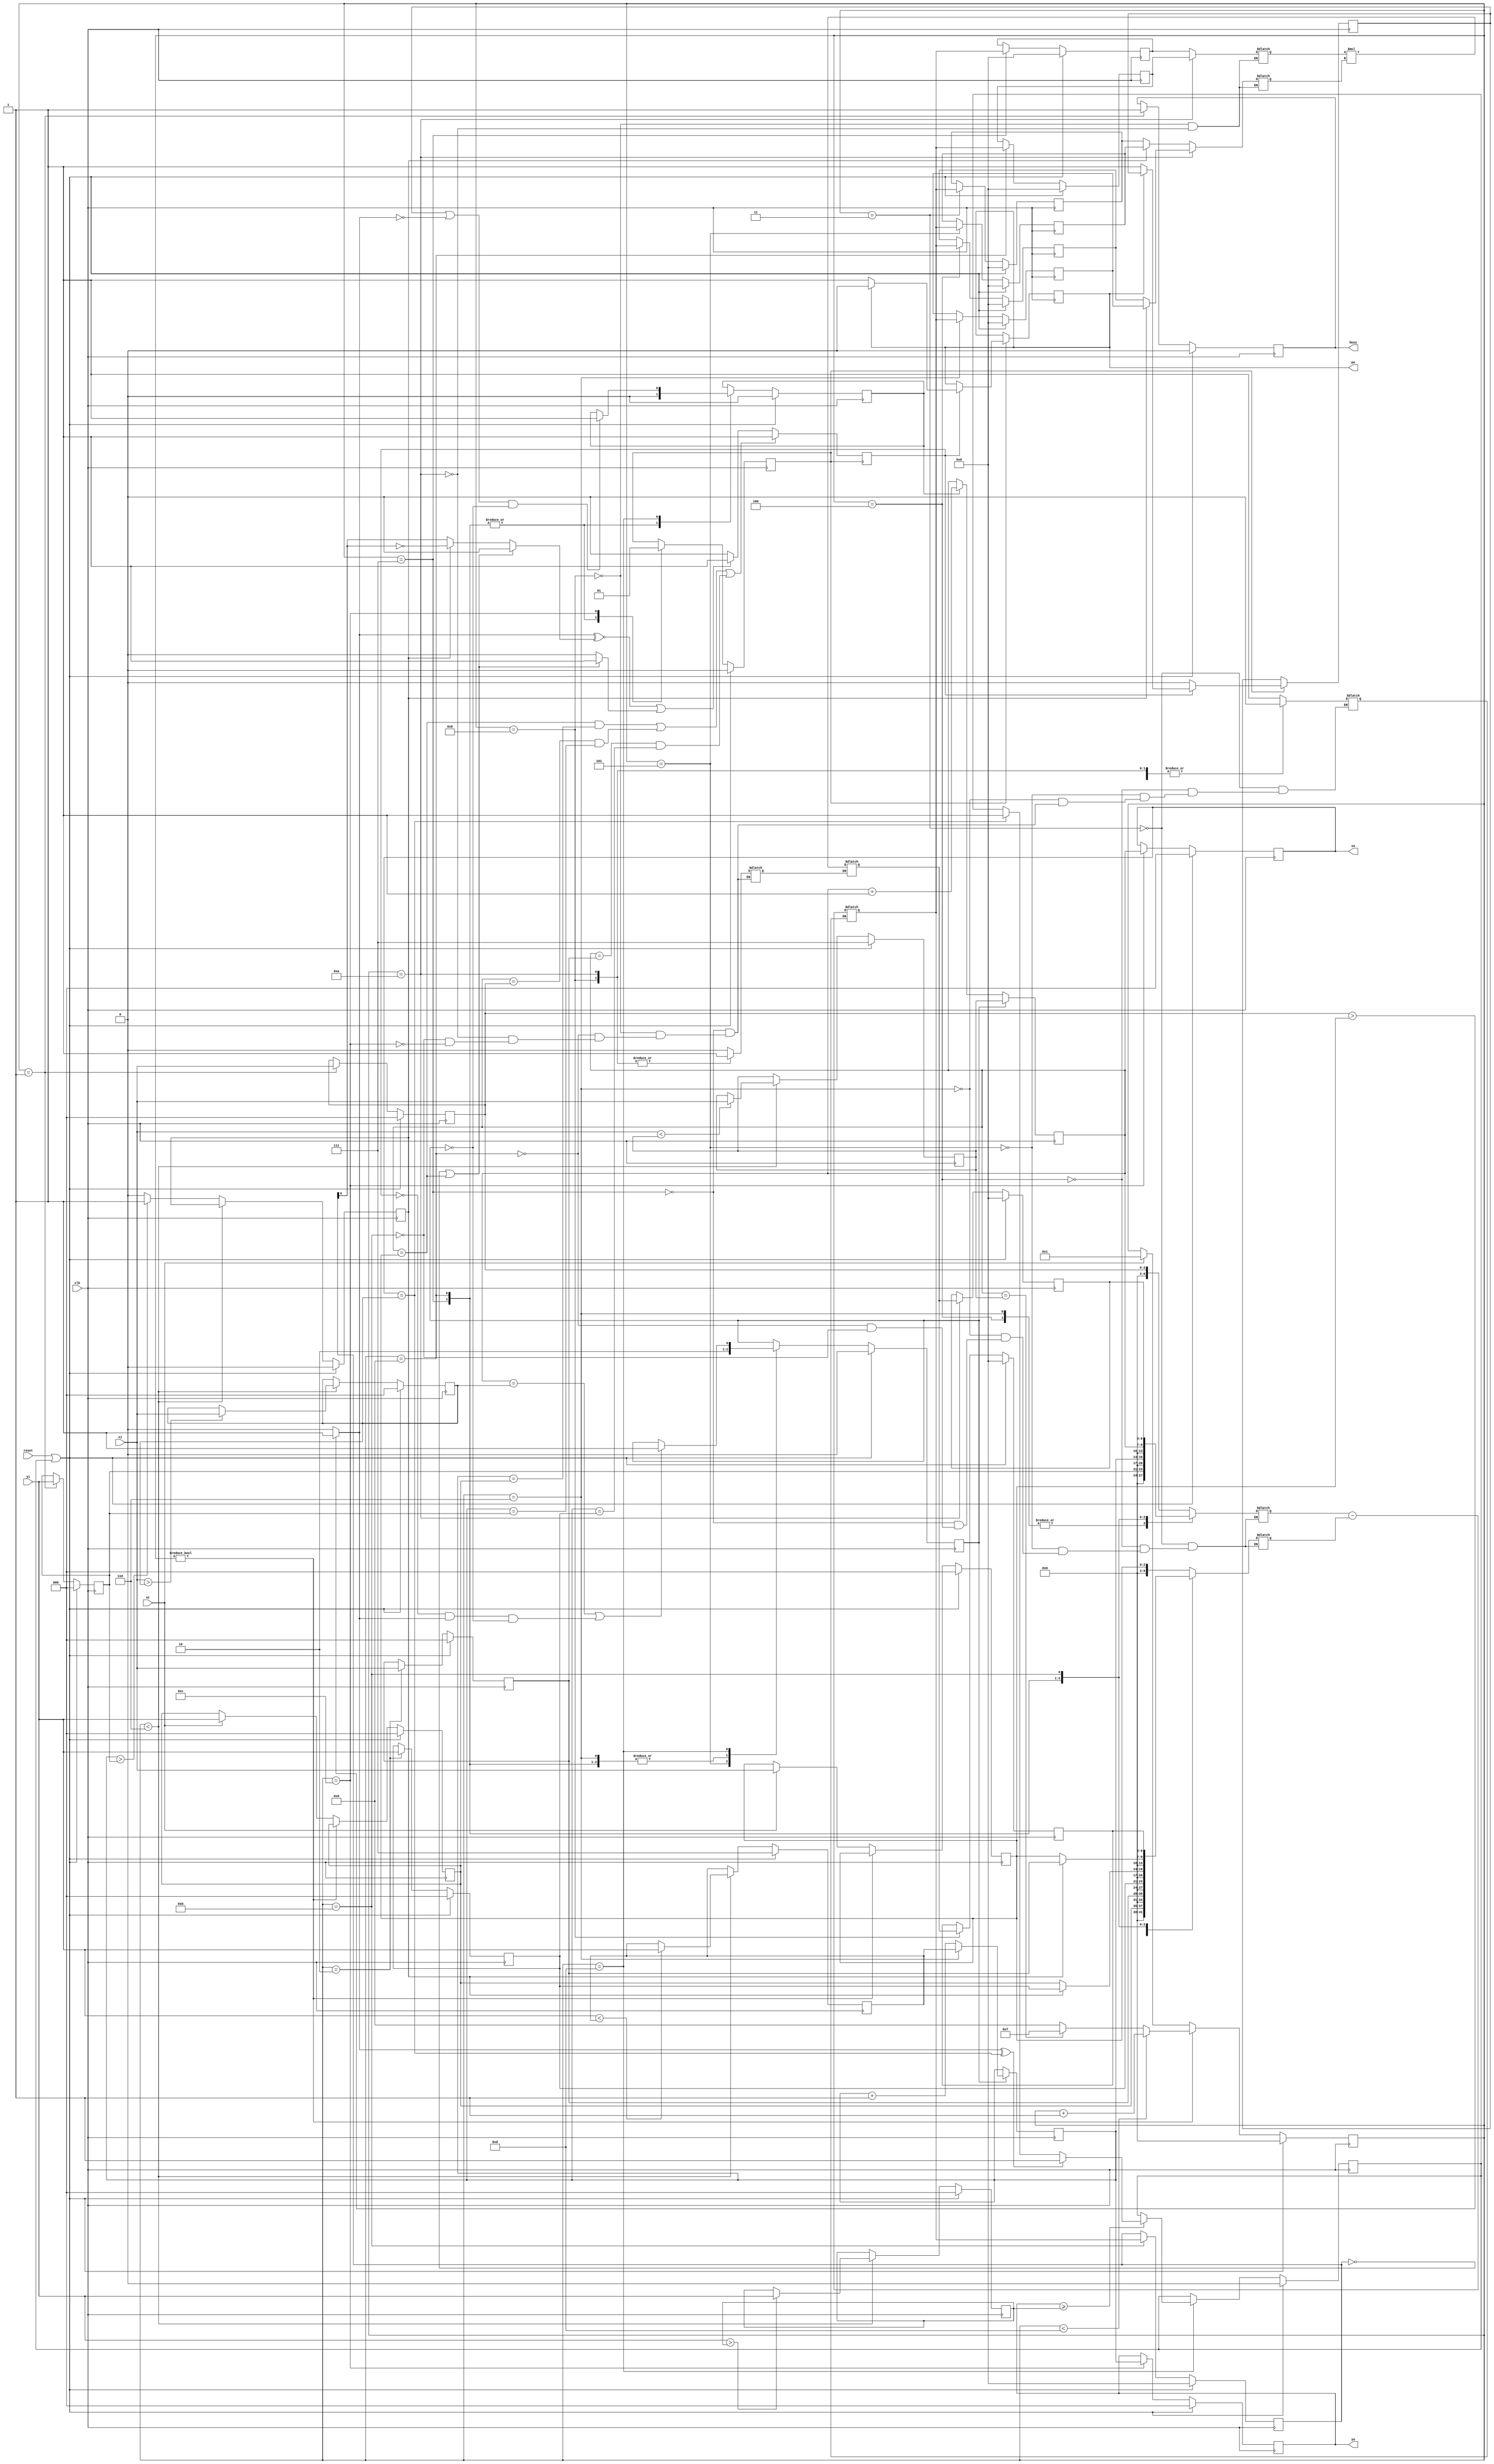
`timescale 100ps/10ps
module triangle(clk, reset, nt, xi, yi, busy, po, xo, yo);
input clk, reset, nt;
input [2:0] xi, yi;
output busy, po;
output [2:0] xo, yo;

wire clk, reset, nt;
wire [2:0] xi, yi;
reg  [2:0] xo, yo, x_min, x_max, y_min, y_max, x, y;
reg  [2:0] xi_ff[2:0], yi_ff[2:0];
reg busy, good, mul_en, sub_en, check, rst_int, inc_y, inc_x; //internal reset
reg po, po_, on_line, right_line , right_triangle, top_line; //right_triangle = 1 means right, 0 means left
reg signed [6:0] sub_ans , sub_op0, sub_op1, mul_op0, mul_op1;
reg signed [6:0] mul_ans, A, B, C0, D0, C1, D1, AD, BC, RLO;
reg  [3:0] control, control_1;


always @ (posedge clk)begin
  
  if(reset || rst_int) begin
	xi_ff[0] <= 0;
	xi_ff[1] <= 0;
	xi_ff[2] <= 0;
		
	yi_ff[0] <= 0;
	yi_ff[1] <= 0;
	yi_ff[2] <= 0;
	
	x_min <= 7;
	x_max <= 0;
	y_min <= 7;
	y_max <= 0;
		
	//on_line <= 0;
	//right_line <= 0;
	top_line <= 0;
	
	//right_triangle <= 0;

	A <= 0;
	B <= 0;
	C0 <= 0;
	C1 <= 0;
	D0 <= 0;
	D1 <= 0;
	AD <= 0;
	BC <= 0;
	RLO <= 0;
	
	
	control <= 0;
	check <= 0;
	
	//x <= 0;
	//y <= 0;
		
	xo <= 0;
	yo <= 0;

	busy <= 0;
	//good <= 0;
	//po  <= 0;
	//po_ <= 0;
	rst_int <= 0;
	inc_y <= 0;
	inc_x <= 0;
	
  end
  
	else begin

		if(control)begin
			//control <= control_1;
			if(control < 13)control <= control + 1;
			else if(x == x_min) control <= 7;
			else control <= 9;
		end
		else if(nt)begin
			xi_ff[0] <= xi;
			yi_ff[0] <= yi;
			control <= 1;
		end

			 
		if(control < 6)begin
			if(xi > x_max) x_max <= xi;
			if(xi < x_min) x_min <= xi;
			if(yi > y_max) y_max <= yi;
			if(yi < y_min) y_min <= yi;
		end
		else begin
			if(y > yi_ff[1])top_line <= 1;
			else top_line <= 0;
		end
		
		case(control)
			
			1: begin		
				xi_ff[1] <= xi;
				yi_ff[1] <= yi;
				busy <= 1;
			end
		  
			2: begin 
				xi_ff[2] <= xi;
				yi_ff[2] <= yi;
			end
			3: begin 
				C0  <= sub_ans;
			end
		  
			4: begin		
				D0 <= sub_ans;
			end
			
			5: begin		
				C1 <= sub_ans;
				inc_y <= 1;
			end
			
			6: begin
				D1 <= sub_ans;
				inc_y <= 0;
			end
			
			7: begin	//B = Y-Y1   B should be calculated first because it remains the same for all values on this row
					//it will return here if there is a new row with a new y value
				if(check)check <= 0;
				B <=  sub_ans;
				if(inc_y)inc_y <= 0;	//resets inc_y back to zero to prevent extra incramenting
				if(inc_x)inc_x <= 0;	//resets inc_x back to zero to prevent extra incramenting
			end
		  
			8:begin		//BC = B*C   BC should be calculated first because it remains the same for all values on this row
				BC <= mul_ans;
			end
			
			9: begin	//A = X-X1   It will return here if it is just a new value of x
				if(check)check <= 0;	
				A <= sub_ans;
				if(inc_y)inc_y <= 0;	//resets inc_y back to zero to prevent extra incramenting
				if(inc_x)inc_x <= 0;	//resets inc_x back to zero to prevent extra incramenting
			end

			10: begin		
				AD <=  mul_ans;
			end
			  
			11: begin 	//B = ans
				RLO <= sub_ans;
			end
			  
			12: begin	
				check <= 1;	//check should be high for 2 clock cycles to pulse po and check for valid
				xo <= x;
				yo <= y;
			end
			  
			13: begin	
				if(yo >= y_max)begin
					if(right_triangle ^ (xo == x_max)) rst_int <= 1;
					else if(xo == x_max)	rst_int <= 1;
				end
				if((x == x_max) || ~good && right_triangle && ~inc_y) inc_y <= 1;
				if((po_ || ~right_triangle) && ~inc_y) inc_x <= 1;
			end
			
		endcase
			

	end//else begin


end//always @ (posedge clk)begin

always @(negedge clk) begin
	if(inc_y)begin
		if((control == 6)) y <= y_min;
		else y <= y + 1;
		x <= x_min;
	end
	else if(inc_x) x <= x + 1;

	if(check)begin

		if(good)begin
			if(po)po<=0;
			else begin 
				po <= 1;
				po_ <= 1; // on the positive edge of po, po_ is set to 1
			end
		end//if(good)begin
		else begin
			po_ <= 0; // on the negative edge of po, po_ should be set to 0
		end//else(~good)
	end //if(check)begin
	
end //always @(negedge clk) begin


always@(posedge check)begin
	if(((x == xi_ff[0]) && (y==yi_ff[0]))  ||  ((x == xi_ff[1]) && (y == yi_ff[1]))  ||  ((x == xi_ff[2]) && (y == yi_ff[2]))) good <= 1;
	else if((right_triangle ~^ right_line) || on_line) good <= 1;
	else good <= 0;
end


always @(*) begin //multiplier and adder modules
	if(sub_en) sub_ans = sub_op0 - sub_op1;//multiplier block
	if(mul_en) mul_ans = mul_op0 * mul_op1;//adder block
end

always @(*) begin
	if(xi_ff[1]>xi_ff[0]) right_triangle = 1;
	else right_triangle = 0;
end

always @(*) begin
	if((RLO == 0) || (x == xi_ff[0]))begin
		on_line = 1;
		right_line = 0;
	end 
	else begin
		on_line = 0;
		if(~top_line)right_line = RLO[6];
		else right_line = ~RLO[6];
	end
end


always @(*) begin	//control logic
	//if(control < 13) //determines next control
	//	control_1 = control + 1;
	//else control_1 = 7;

	case(control)
		0: begin	
			
		end
		  
		1: begin	
			
		end
		  
		3: begin 	//C0 = X2-X1
			sub_en = 1;
			sub_op0 = xi_ff[1];
			sub_op1 = xi_ff[0];				
		end
		  
		4: begin	//D0 = Y2-Y1 
			sub_en = 1;
			sub_op0 = yi_ff[1];
			sub_op1 = yi_ff[0];
		end
		
		5:begin		//C1 = x2-x3 
			
			sub_en = 1;	  
			sub_op0 = xi_ff[1];
			sub_op1 = xi_ff[2]; 
		end
	
		6: begin	//D1 = Y2-Y3 
			
			sub_en = 1;
			sub_op0 = yi_ff[1];
			sub_op1 = yi_ff[2];	
		end

		7: begin	//B = Y-Y1
			sub_en = 1;
			mul_en = 0;
			sub_op0 = y;
			if(~top_line)sub_op1 = yi_ff[0];	
			else sub_op1 = yi_ff[2];	
		end
	
		8: begin	//BC = B*C 
			sub_en = 0;
			mul_en = 1;
			mul_op0 = B;
			if(~top_line)mul_op1 = C0;
			else mul_op1 = C1;
		end

		9: begin	//A = X-X1
			sub_en = 1;
			mul_en = 0;
			sub_op0 = x;
			if(~top_line)sub_op1 = xi_ff[0];
			else sub_op1 = xi_ff[2];
		end
		  
		10: begin	//AD = A*D
			sub_en = 0;
			mul_en = 1;
			mul_op0 = A;
			if(~top_line)mul_op1 = D0;
			else mul_op1 = D1;
		end
		  
		11: begin	//RLO = AB-CD
			mul_en = 0;
			sub_en = 1;
			sub_op0 = AD;
			sub_op1 = BC;	
		end
		  
		12: begin
			sub_en = 0;
			mul_en = 0;
		end
					
	endcase
end

endmodule